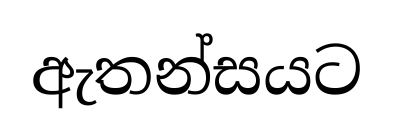
ඇතන්සයට